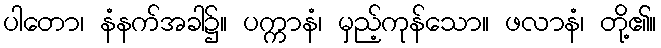
ပါတော၊ နံနက်အခါ၌။ ပက္ကာနံ၊ မှည့်ကုန်သော။ ဖလာနံ၊ တို့၏။